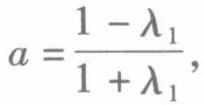
\(a = \frac{1 - \lambda_{1}}{1 + \lambda_{1}},\)